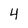
Character: 4